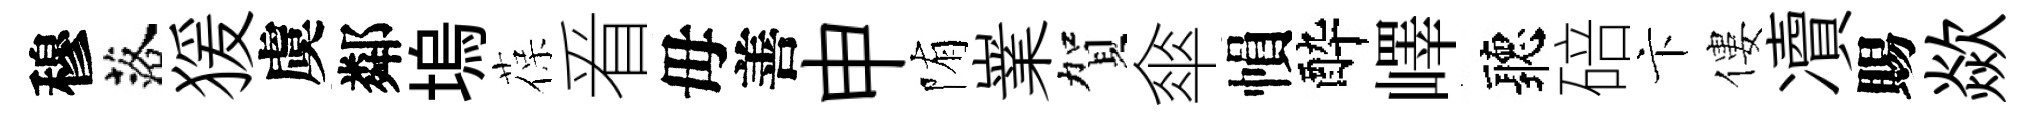
穆落猨虞鄰塢葆㸔毋善申陏嶪賀傘𢄙酔嶧聽碚卞僂凟賜歘